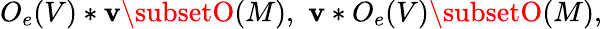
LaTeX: O_{e}(V)*\mathbf{v}\subsetO(M),\, \, \mathbf{v}*O_{e}(V)\subsetO(M),